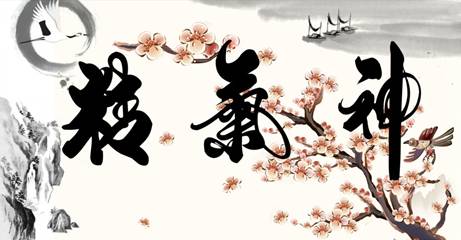
养备而动时，则天不能病修道而不贰，则天不能祸。